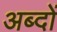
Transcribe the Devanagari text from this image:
अब्दों